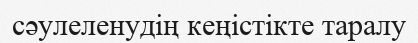
cәулеленудің кеңістікте таралу